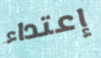
إعتداء